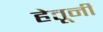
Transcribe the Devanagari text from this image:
हेतूनी